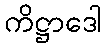
ကိဋ္ဌာဒေါ